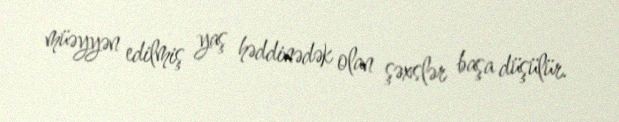
müəyyən edilmiş yaş həddinədək olan şəxslər başa düşülür.